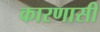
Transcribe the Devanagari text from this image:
कारणासी